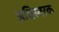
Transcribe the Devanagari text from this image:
अधिस्वरक